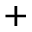
^ { + }